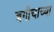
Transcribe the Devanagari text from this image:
बगीचाच्या